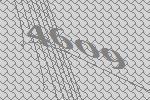
4609